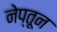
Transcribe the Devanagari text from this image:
नेप्तून